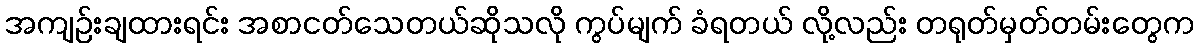
အကျဉ်းချထားရင်း အစာငတ်သေတယ်ဆိုသလို ကွပ်မျက် ခံရတယ် လို့လည်း တရုတ်မှတ်တမ်းတွေက